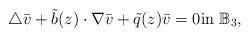
LaTeX: \begin{align*}\triangle \bar v+{\tilde{{b}}}(z)\cdot\nabla \bar v+{ \tilde{{q}}}(z)\bar v=0 \mbox{in}\ \mathbb {B}_3, \end{align*}